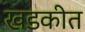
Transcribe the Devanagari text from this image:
खडकीत